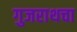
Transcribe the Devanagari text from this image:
गुजराथचा